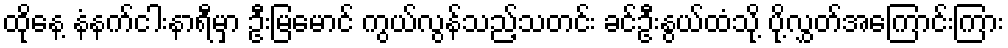
ထိုနေ့ နံနက်ငါးနာရီမှာ ဦးမြမောင် ကွယ်လွန်သည့်သတင်း ခင်ဦးနွယ်ထံသို့ ပို့လွှတ်အကြောင်းကြား